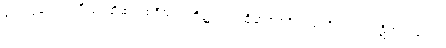
တေသုကေသာဒီသု၊ ထိုဆံအစရှိသည်တို့၌။ ဝါ၊ ထိုဆံအစရှိသည်တို့သည်။ ပဋိကူလတော၊